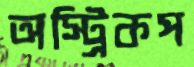
অস্ট্রিকপ